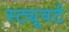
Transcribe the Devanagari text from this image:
स्ट्यूवर्ट